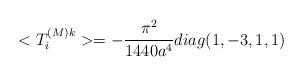
LaTeX: \begin{align*}<T_{i}^{(M)k} >=-\frac{\pi^2} {1440 a^4} diag(1,-3,1,1)\end{align*}